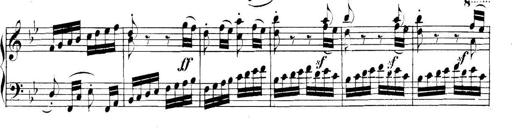
Title: Collected Piano Sonatas
Composer: Muzio Clementi